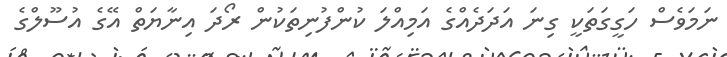
ނަމަވެސް ހަގީގަތަކީ ގިނަ އަދަދެއްގެ އަމިއްލަ ކުންފުނިތަކުން ރޯދަ އިނާޔަތް އޭގެ އުސޫލްގެ